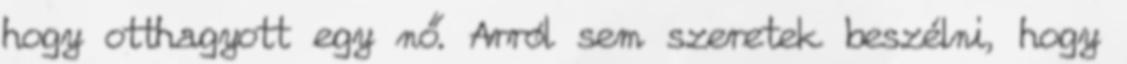
hogy otthagyott egy nő. Arról sem szeretek beszélni, hogy